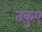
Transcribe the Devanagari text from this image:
तकुए